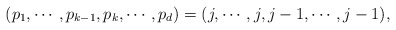
\begin{align*} (p_1,\cdots, p_{k-1}, p_{k},\cdots, p_d)=(j, \cdots, j, j-1, \cdots, j-1), \end{align*}